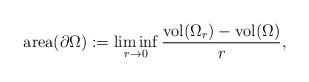
LaTeX: \begin{align*}\mathrm{area}(\partial \Omega):=\liminf_{r\to 0}\frac{\mathrm{vol}(\Omega_r)-\mathrm{vol}(\Omega)}{r},\end{align*}